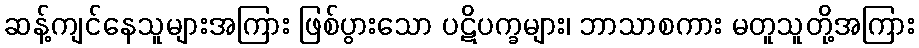
ဆန့်ကျင်နေသူများအကြား ဖြစ်ပွားသော ပဋိပက္ခများ၊ ဘာသာစကား မတူသူတို့အကြား